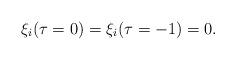
LaTeX: \begin{align*}\xi_{i} ( \tau = 0 ) = \xi_{i} ( \tau = -1 ) = 0.\end{align*}